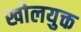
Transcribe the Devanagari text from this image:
खोलयुक्त